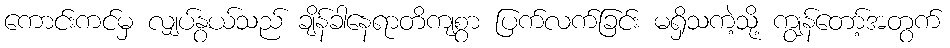
ကောင်းကင်မှ လျှပ်နွယ်သည် ချိန်ခါနေရာတိကျစွာ ပြက်လက်ခြင်း မရှိသကဲ့သို့ ကျွန်တော့်အတွက်